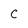
Character: C